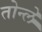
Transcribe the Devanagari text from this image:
तोन्ले